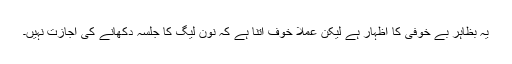
یہ بظاہر بے خوفی کا اظہار ہے لیکن عملاً خوف اتنا ہے کہ نون لیگ کا جلسہ دکھانے کی اجازت نہیں۔